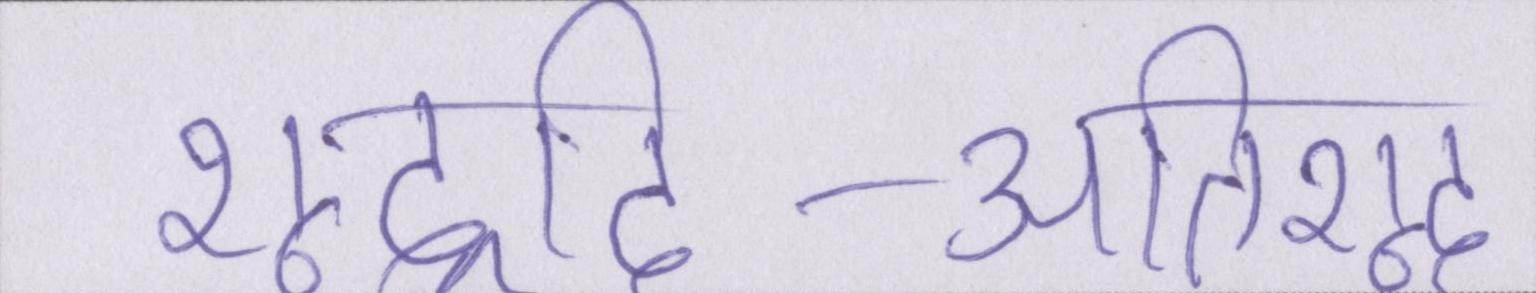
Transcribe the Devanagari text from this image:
शूद्रादि-अतिशूद्र